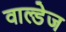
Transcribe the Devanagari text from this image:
वाल्डेज